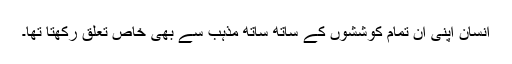
انسان اپنی ان تمام کوششوں کے ساتھ ساتھ مذہب سے بھی خاص تعلق رکھتا تھا۔